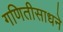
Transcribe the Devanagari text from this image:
गणितीसाधने